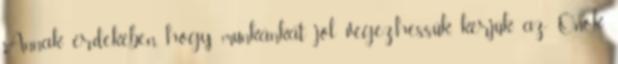
Annak érdekében, hogy munkánkat jól végezhessük, kérjük az Önök